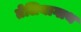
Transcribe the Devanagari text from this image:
तेलियागाथ